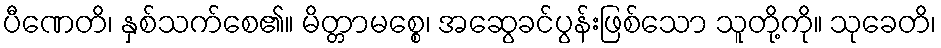
ပီဏေတိ၊ နှစ်သက်စေ၏။ မိတ္တာမစ္စေ၊ အဆွေခင်ပွန်းဖြစ်သော သူတို့ကို။ သုခေတိ၊